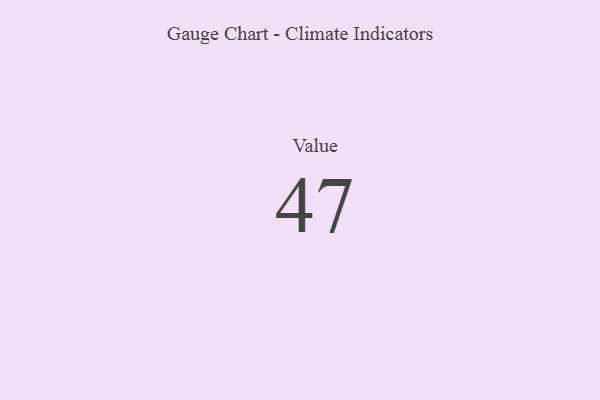
{"axis": {"x": "Metric", "y": "Value"}, "legend": [""], "data": [{"x": "Value", "y": 47, "type": ""}]}